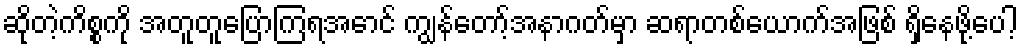
ဆိုတဲ့ကိစ္စကို အတူတူပြောကြရအောင် ကျွန်တော့်အနာဂတ်မှာ ဆရာတစ်ယောက်အဖြစ် ရှိနေဖို့ပေါ့